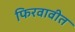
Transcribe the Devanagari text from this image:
फिरवावीत